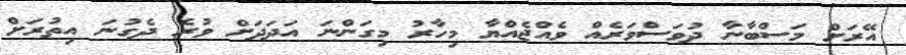
އޭރަށް މަސްބާނާ ދުވަސްވަރެއް ވެއްޖެއްޔާ މިހާރު މިގަންނަ އަދަދަށް ވުރެ ދެގުނަ އިތުރަށް